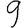
Digit: 9